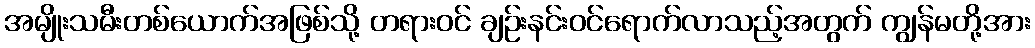
အမျိုးသမီးတစ်ယောက်အဖြစ်သို့ တရားဝင် ချဉ်းနင်းဝင်ရောက်လာသည့်အတွက် ကျွန်မတို့အား